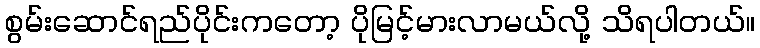
စွမ်းဆောင်ရည်ပိုင်းကတော့ ပိုမြင့်မားလာမယ်လို့ သိရပါတယ်။